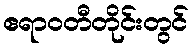
ဧရာဝတီတိုင်းတွင်